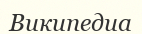
Википедиа